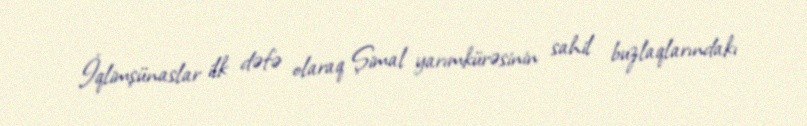
İqlimşünaslar ilk dəfə olaraq Şimal yarımkürəsinin sahil buzlaqlarındakı